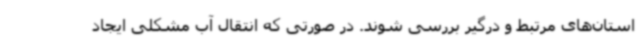
استان‌های مرتبط و درگیر بررسی شوند. در صورتی که انتقال آب مشکلی ایجاد